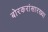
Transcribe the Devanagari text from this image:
बोरकरांसारख्या